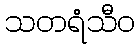
သတရံသီဝ